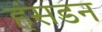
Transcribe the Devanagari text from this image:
हंसडन